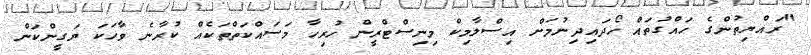
"ރައްޔިތުންގެ ހައްގުތައް ހޯދައިދިނުމަށް އިސްލާމިކް މިނިސްޓްރީން ހުރިހާ މަސައްކަތްތަކެއް ކުރާނެ ވާހަކަ ޔަގީންކަން